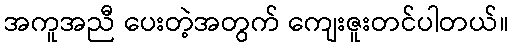
အကူအညီ ပေးတဲ့အတွက် ကျေးဇူးတင်ပါတယ်။